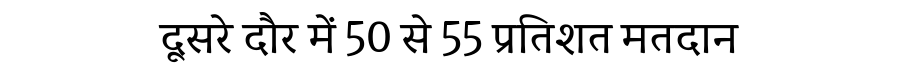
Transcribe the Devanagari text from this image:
दूसरे दौर में 50 से 55 प्रतिशत मतदान